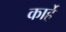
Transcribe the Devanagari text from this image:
कार्हे